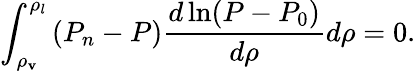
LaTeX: \int_{\rho_{\mathbf{v}}}^{\rho_{l}}\left(P_{n}-P\right)\frac{{d\ln(P-P_{0})}}{{d\rho}}d\rho=0.